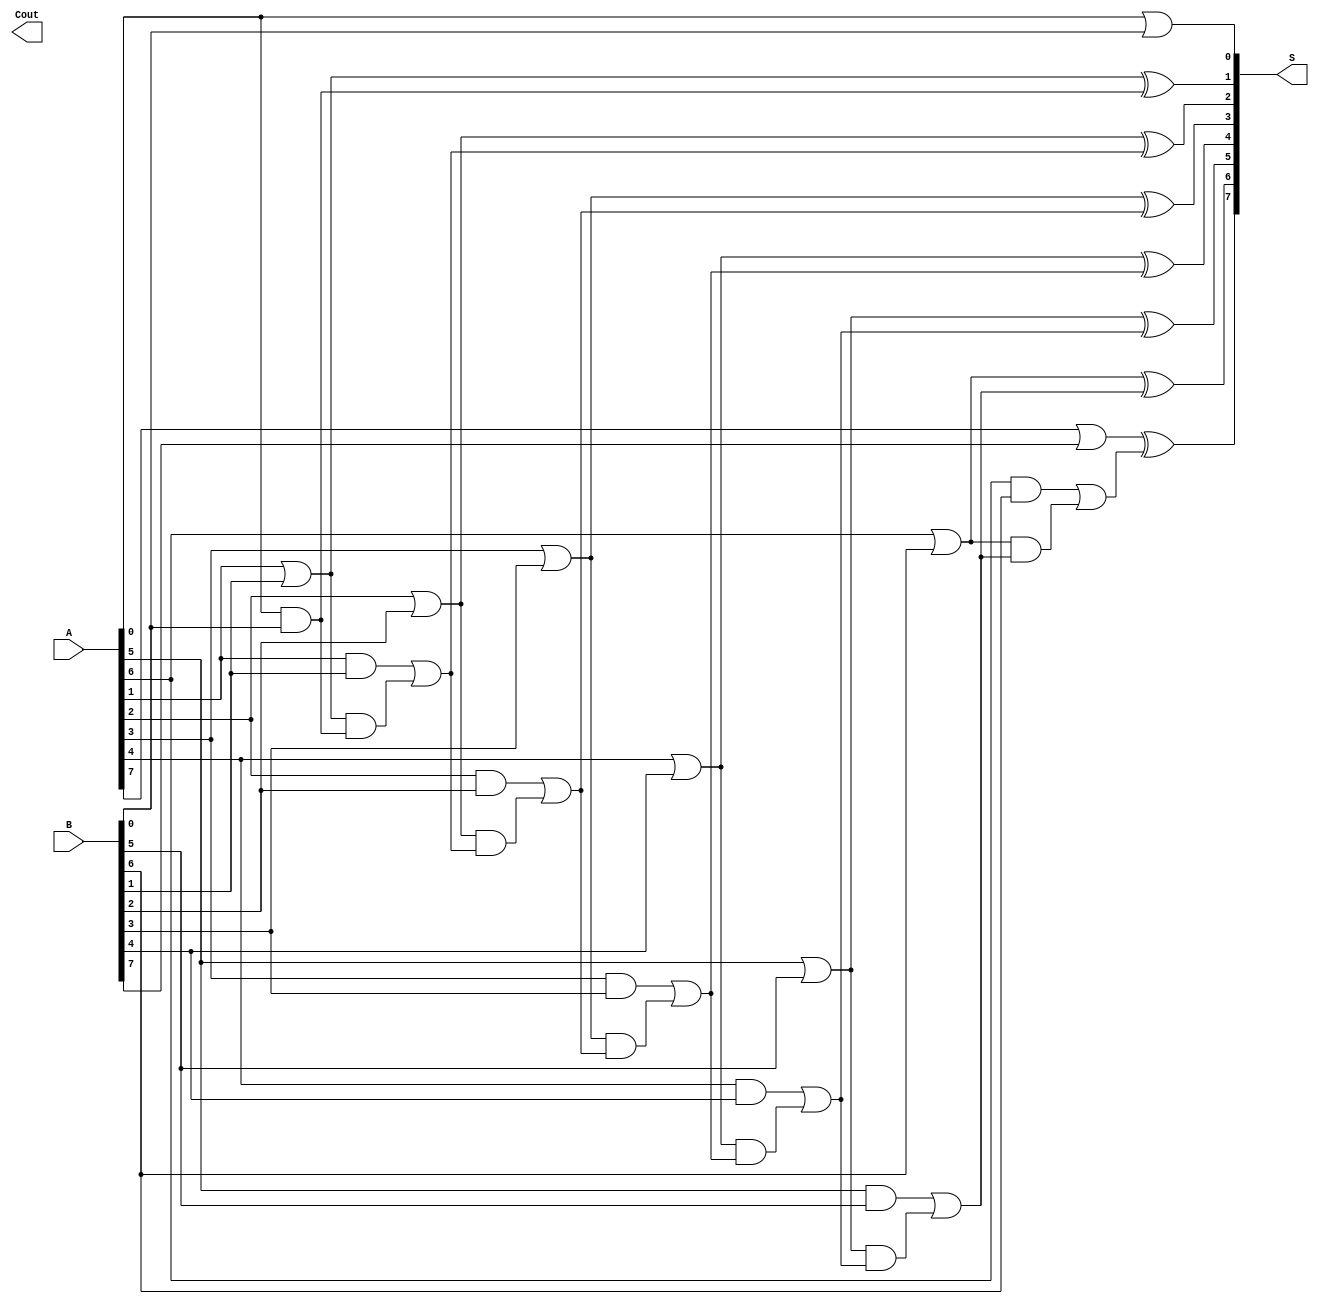
module KoggeStoneAdder #(parameter n = 8) (
    input  [n-1:0] A,
    input  [n-1:0] B,
    output [n-1:0] S,
    output         Cout
);

    // Generate and Propagate signals
    wire [n-1:0] G, P;
    genvar i;

    // Generate and Propagate stage
    generate
        for (i = 0; i < n; i = i + 1) begin : gen_prop
            assign G[i] = A[i] & B[i]; // Generate
            assign P[i] = A[i] | B[i]; // Propagate
        end
    endgenerate

    // Carry signals
    wire [n:0] C; // C[n] is the carry out
    assign C[0] = 1'b0; // Initial carry

    // Prefix computation stage
    generate
        for (i = 1; i < n; i = i + 1) begin : prefix
            assign C[i] = G[i-1] | (P[i-1] & C[i-1]);
        end
    endgenerate

    // Final carry out
    assign Cout = C[n];

    // Sum computation stage
    generate
        for (i = 0; i < n; i = i + 1) begin : sum_stage
            assign S[i] = P[i] ^ C[i]; // Sum
        end
    endgenerate

endmodule